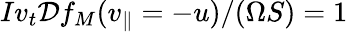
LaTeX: Iv_{t}\mathcal{D}f_{M}(v_{\parallel}=-u)/(\Omega S)=1